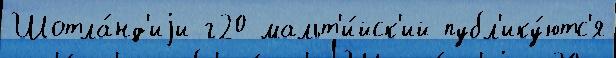
Шотла́нд'иjи г20 мальт'и́йск'ий публ'ику́ютс'я